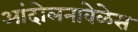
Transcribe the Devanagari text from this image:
आंदोलनावेळेस